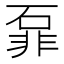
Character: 𱴎